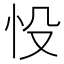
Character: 𢗎